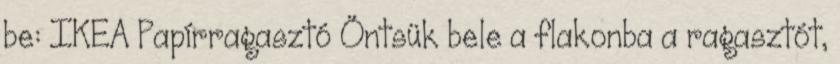
be: IKEA Papírragasztó Öntsük bele a flakonba a ragasztót,